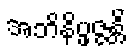
အဘိနိပ္ဖဇ္ဇန္တိ